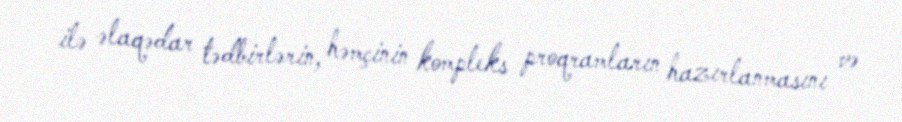
ilə əlaqədar tədbirlərin, həmçinin kompleks proqramların hazırlanmasını və